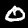
Digit: 0